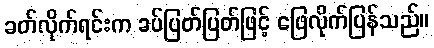
ခတ်လိုက်ရင်းက ခပ်ပြတ်ပြတ်ဖြင့် ဖြေလိုက်ပြန်သည်။